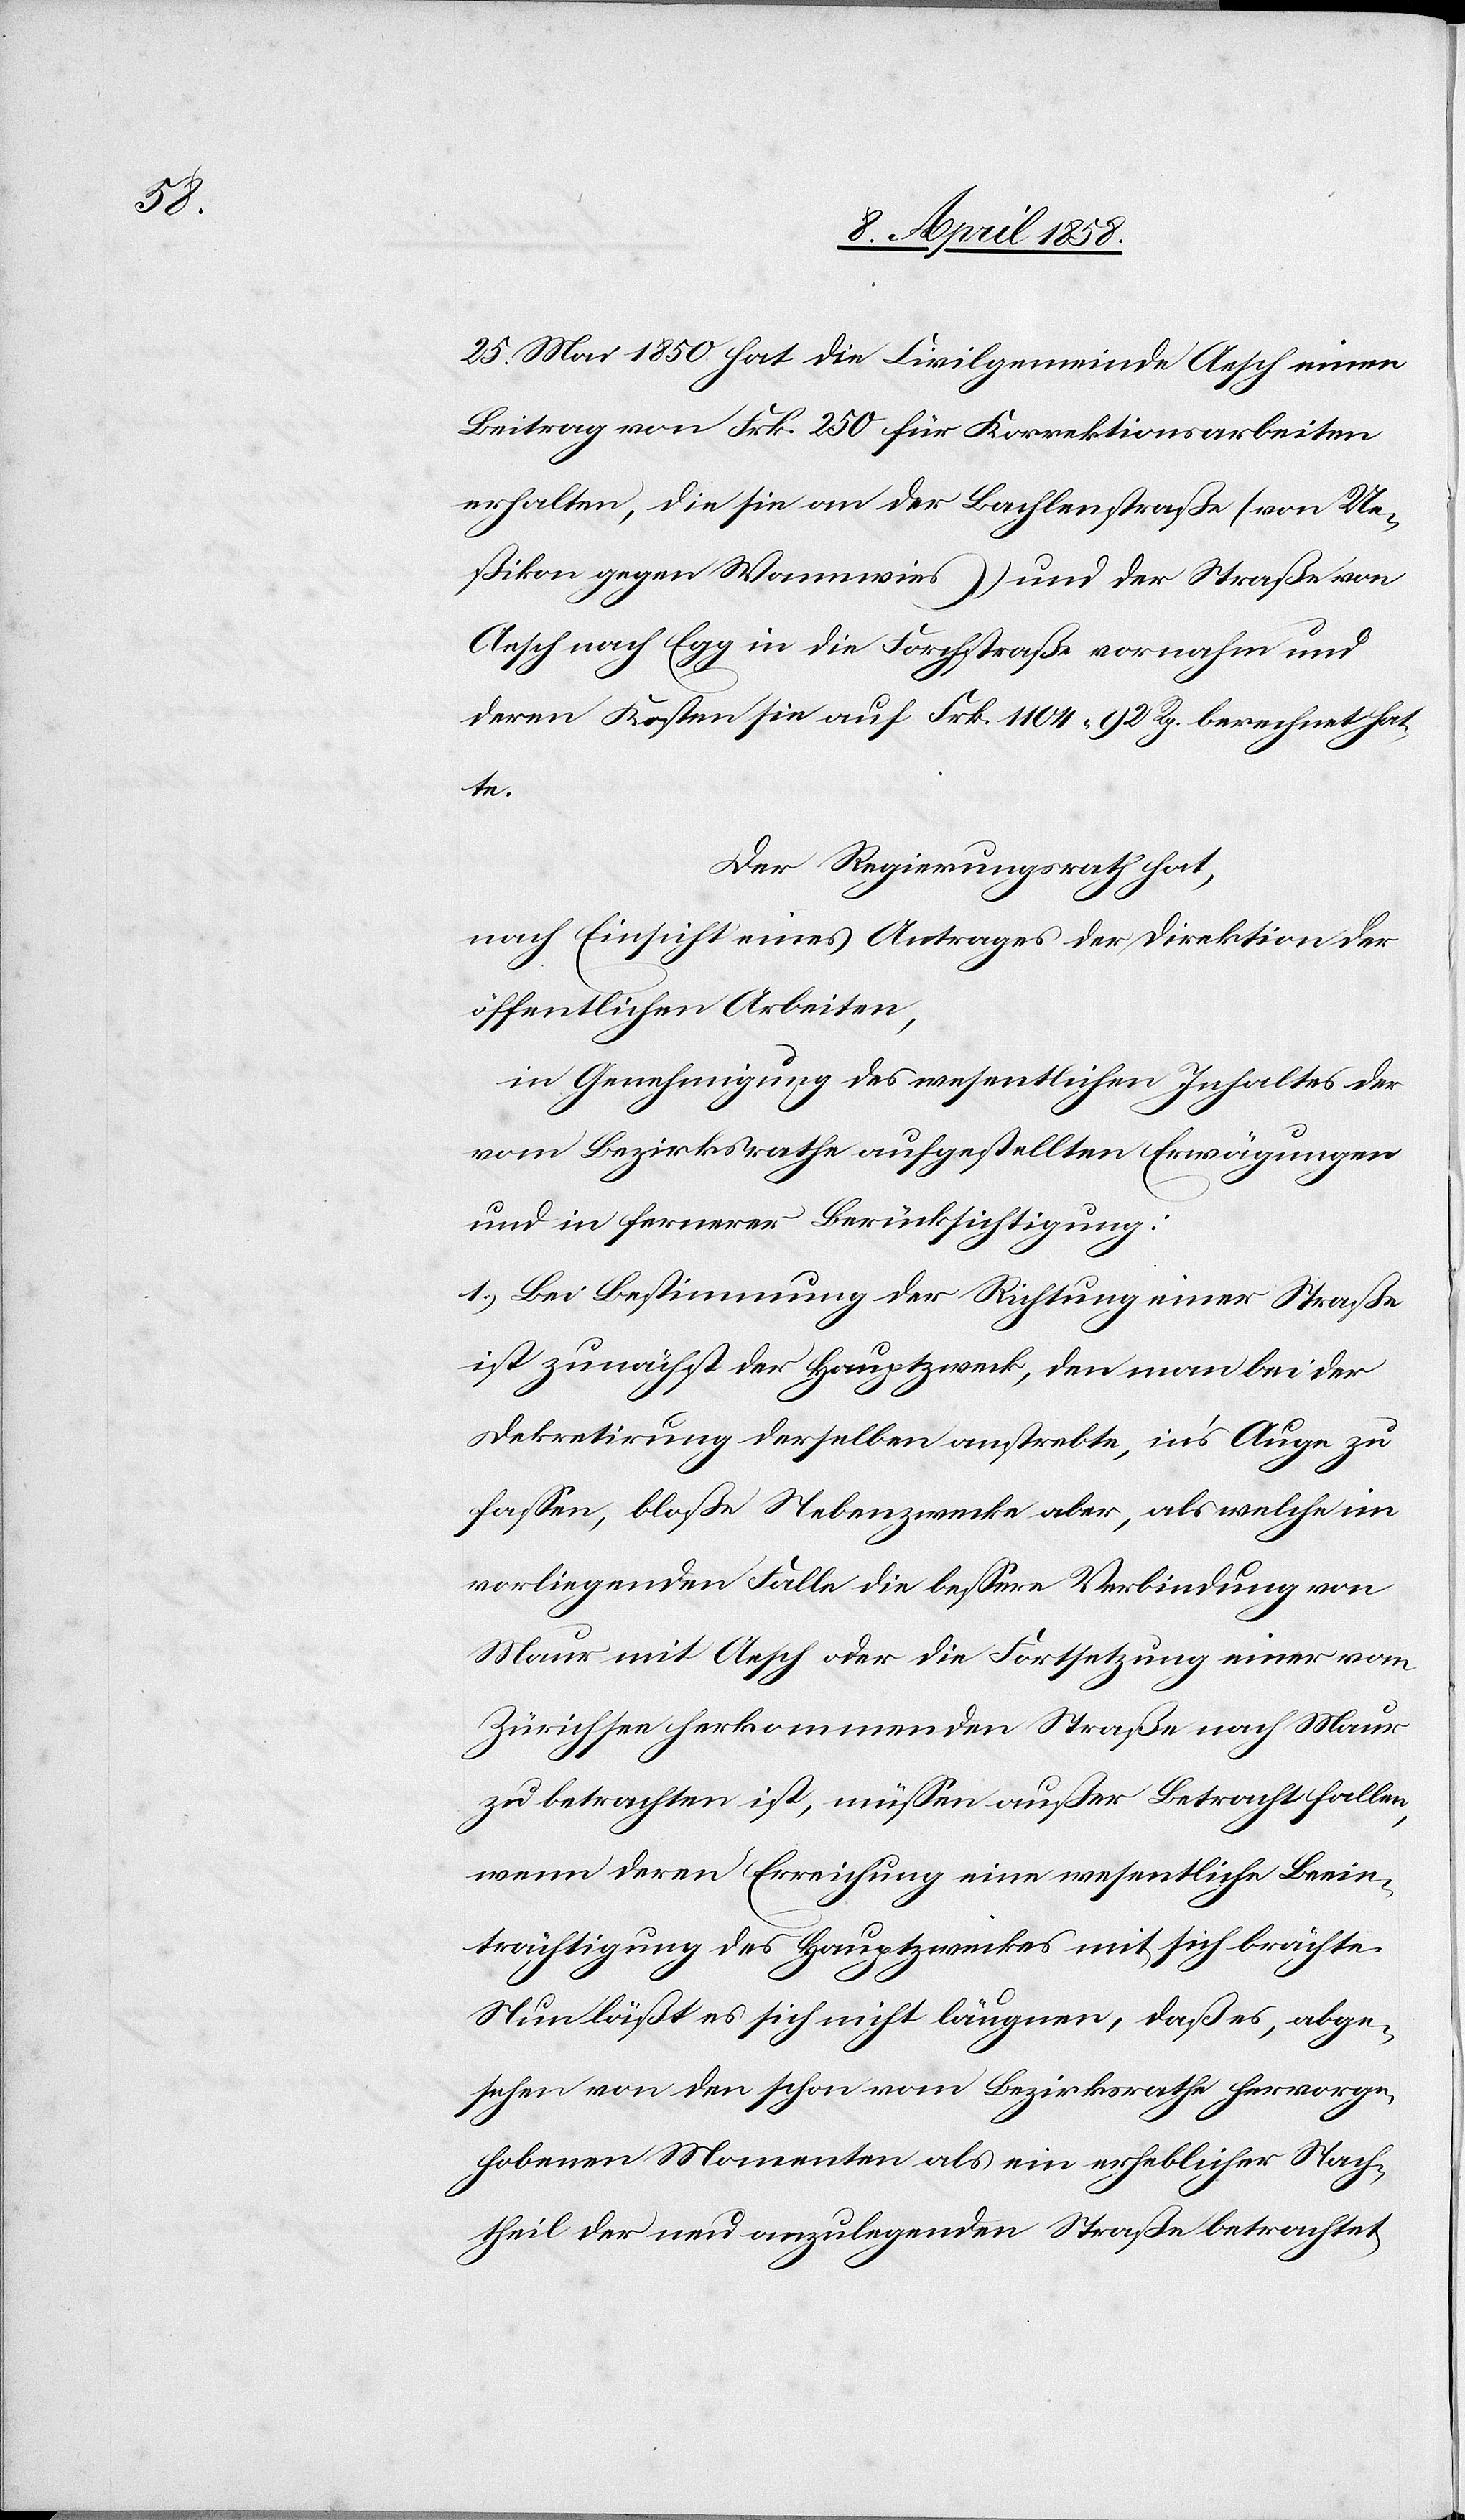
25. Mai 1850 hat die Civilgemeinde Aesch einen
Beitrag von Frk. 250 für Korrektionsarbeiten
erhalten, die sie an der Bachlenstraße (von Ue¬
ßikon gegen Wannwies) und der Straße von
Aesch nach Egg in die Forchstraße vornahm und
deren Kosten sie auf Frk. 1104 92 Rp. berechnet hat¬
te.
Der Regierungsrath hat,
nach Einsicht eines Antrages der Direktion der
öffentlichen Arbeiten,
in Genehmigung des wesentlichen Inhaltes der
vom Bezirksrathe aufgestellten Erwägungen
und in fernerer Berücksichtigung:
1.) Bei Bestimmung der Richtung einer Straße
ist zunächst der Hauptzweck, den man bei der
Dekretirung derselben anstrebte, in’s Auge zu
fassen, bloße Nebenzwecke aber, als welche im
vorliegenden Falle die bessere Verbindung von
Maur mit Aesch oder die Fortsetzung einer vom
Zürichsee herkommenden Straße nach Maur
zu betrachten ist, müssen außer Betracht fallen,
wenn deren Erreichung eine wesentliche Beein¬
trächtigung des Hauptzweckes mit sich brächte.
Nun läßt es sich nicht läugnen, daß es, abge¬
sehen von den schon vom Bezirksrathe hervorge¬
hobenen Momenten als ein erheblicher Nach¬
theil der neu anzulegenden Straße betrachtet